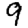
Digit: 9